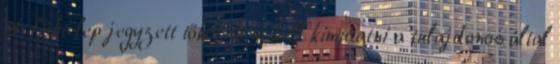
A fióktelep jegyzett tőkéjeként kell kimutatni a tulajdonos által